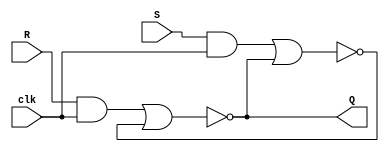
module part1 (clk, R, S, Q);
	input clk, R, S;
	output Q;
	
	wire R_g, S_g, Qa, Qb /*synthesis keep*/;
	
	assign R_g = R & clk;
	assign S_g = S & clk;
	assign Qa = ~(R_g | Qb);
	assign Qb = ~(S_g | Qa);
	
	assign Q = Qa;
	
endmodule